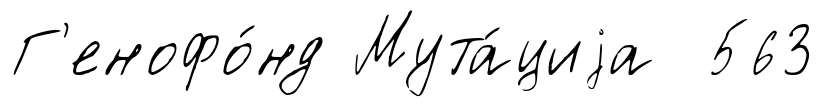
Г'енофо́нд Мута́циjа 563